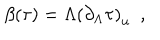
\beta ( \tau ) = \Lambda \left( \partial _ { \Lambda } \tau \right) _ { u } \ \ ,